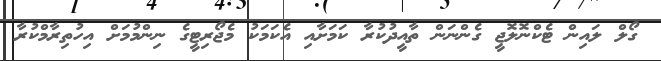
ގޯލް ލައިން ޓެކްނޮލޮޖީ ގެންނަން ތާއީދުކުރާ ކަމަށާއި އެކަމަކު މެޖޯރިޓީގެ ނިންމުމަށް އިހުތިރާމްކުރާ